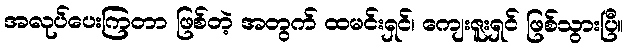
အလုပ်ပေးကြတာ ဖြစ်တဲ့ အတွက် ထမင်းရှင်၊ ကျေးဇူးရှင် ဖြစ်သွားပြီ။